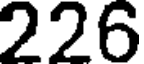
226